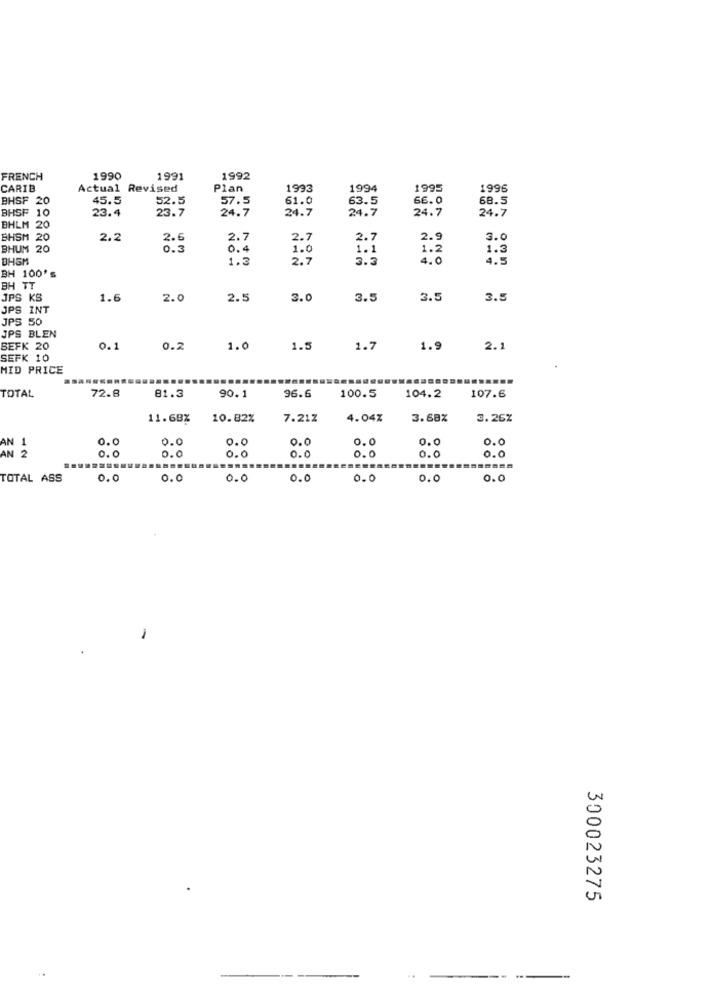
FRENCH
1990
1991
1992
CARIB
Actual Revised
Plan
1993
1994
1995
1996
BHSF 20
45.5
52.5
57.5
61.0
63.5
66.0
68.5
BHSF 10
23.4
23.7
24.7
24.7
24.7
24.7
24.7
BHLM 20
BHSM 20
2.2
2.7
2.7
2.7
2.9
3.0
BHUM 2
20
0.3
0.4
1.0
1.1
1.2
BHGM
1.3
2.7
4.0
1.3
BH 100's
BH TT
JPS KS
1.6
2.0
2.5
3.0
3.5
3.5
3.5
JPS INT
JPS 50
JPS BLEN
SEFK 20
0.1
0.2
1.0
1.5
1.7
1.9
2.1
SEFK 10
MID PRICE
TOTAL
72.8
81.3
90.1
96.6
100.5
104.2
107.6
11.68%
10.82%
7.21Z
4.04%
3.68%
3.26%
0.0
0.0
0.0
0.0
0.0
0.0
0.0
0.0
o.
0.0
AN 2
0.0
0.0
0.0
0.0
....
TOTAL ASS
0.0
0.0
0.0
0.0
0.0
0.0
0.0
-
300023275